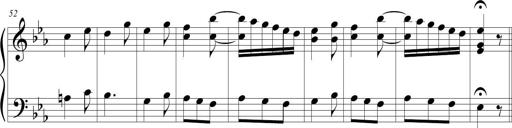
Title: Tiny Tina
Composer: Michel Rondeau
Key: E-flat major